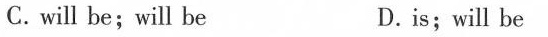
C.will be;will be D.is;will be